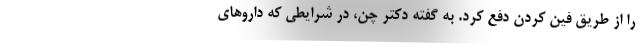
را از طریق فین کردن دفع کرد. به گفته دکتر چن، در شرایطی که داروهای